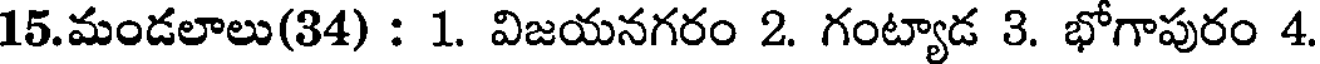
15.మండలాలు(34) : 1. విజయనగరం 2. గంట్యాడ 3. భోగాపురం 4